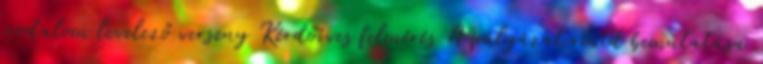
irodalom levelező verseny Kérdőíves felmérés A pályázat rövid bemutatása